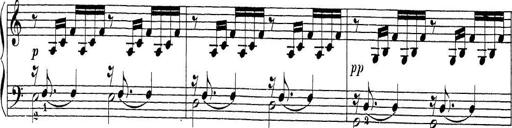
Title: Sonatina Album
Composer: Louis KÃ¶hler